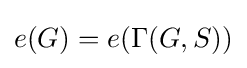
e(G)=e(\Gamma (G,S))